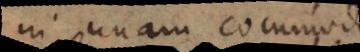
in unam commode